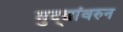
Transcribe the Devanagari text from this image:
मुद्द्यांवरुन